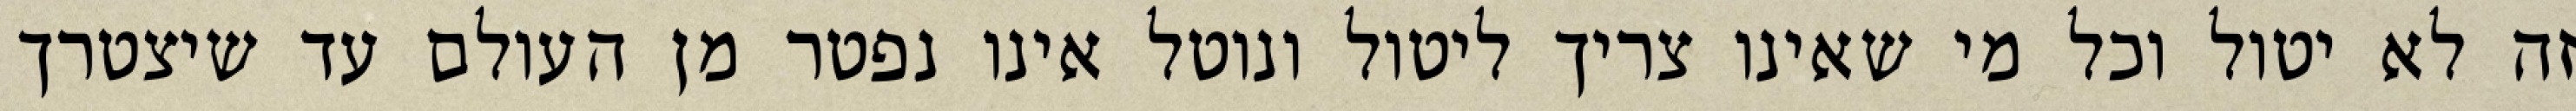
זה לא יטול וכל מי שאינו צריך ליטול ונוטל אינו נפטר מן העולם עד שיצטרך